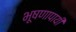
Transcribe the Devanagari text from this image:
भूषणापायी